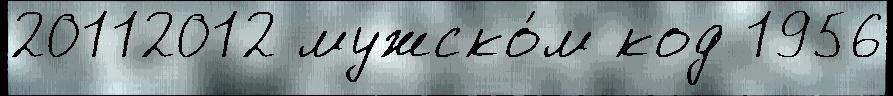
20112012 мужско́м код 1956